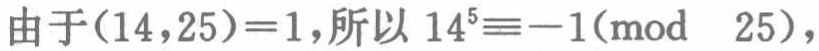
由于\((14,25)=1\)，所以 \(14^{5}\equiv -1\pmod{25}\)，